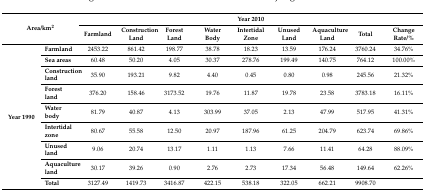
<table><thead><tr><td rowspan="2" colspan="2"><b>Area/km<sup>2</sup></b></td><td colspan="9"><b>Year 2010</b></td></tr><tr><td><b>Farmland</b></td><td><b>Construction Land</b></td><td><b>Forest Land</b></td><td><b>Water Body</b></td><td><b>Intertidal Zone</b></td><td><b>Unused Land</b></td><td><b>Aquaculture Land</b></td><td><b>Total</b></td><td><b>Change Rate/%</b></td></tr></thead><tbody><tr><td rowspan="9"><b>Year 1990</b></td><td><b>Farmland</b></td><td>2453.22</td><td>861.42</td><td>198.77</td><td>38.78</td><td>18.23</td><td>13.59</td><td>176.24</td><td>3760.24</td><td>34.76%</td></tr><tr><td><b>Sea areas</b></td><td>60.48</td><td>50.20</td><td>4.05</td><td>30.37</td><td>278.76</td><td>199.49</td><td>140.75</td><td>764.12</td><td>100.00%</td></tr><tr><td><b>Construction land</b></td><td>35.90</td><td>193.21</td><td>9.82</td><td>4.40</td><td>0.45</td><td>0.80</td><td>0.98</td><td>245.56</td><td>21.32%</td></tr><tr><td><b>Forest land</b></td><td>376.20</td><td>158.46</td><td>3173.52</td><td>19.76</td><td>11.87</td><td>19.78</td><td>23.58</td><td>3783.18</td><td>16.11%</td></tr><tr><td><b>Water body</b></td><td>81.79</td><td>40.87</td><td>4.13</td><td>303.99</td><td>37.05</td><td>2.13</td><td>47.99</td><td>517.95</td><td>41.31%</td></tr><tr><td><b>Intertidal zone</b></td><td>80.67</td><td>55.58</td><td>12.50</td><td>20.97</td><td>187.96</td><td>61.25</td><td>204.79</td><td>623.74</td><td>69.86%</td></tr><tr><td><b>Unused land</b></td><td>9.06</td><td>20.74</td><td>13.17</td><td>1.11</td><td>1.13</td><td>7.66</td><td>11.41</td><td>64.28</td><td>88.09%</td></tr><tr><td><b>Aquaculture land</b></td><td>30.17</td><td>39.26</td><td>0.90</td><td>2.76</td><td>2.73</td><td>17.34</td><td>56.48</td><td>149.64</td><td>62.26%</td></tr><tr><td><b>Total</b></td><td>3127.49</td><td>1419.73</td><td>3416.87</td><td>422.15</td><td>538.18</td><td>322.05</td><td>662.21</td><td>9908.70</td><td></td></tr></tbody></table>